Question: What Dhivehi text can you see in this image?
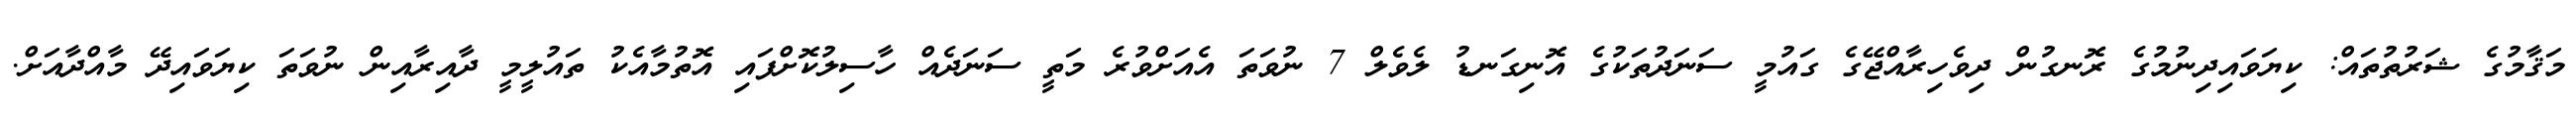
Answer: މަޤާމުގެ ޝަރުތުތައް: ކިޔަވައިދިނުމުގެ ރޮނގުން ދިވެހިރާއްޖޭގެ ގައުމީ ސަނަދުތަކުގެ އޮނިގަނޑު ލެވެލް 7 ނުވަތަ އެއަށްވުރެ މަތީ ސަނަދެއް ހާސިލުކޮށްފައި އޮތުމާއެކު ތައުލީމީ ދާއިރާއިން ނުވަތަ ކިޔަވައިދޭ މާއްދާއަށް.